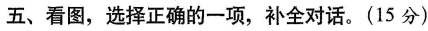
五、看图,选择正确的一项,补全对话.(15 分)